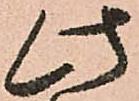
此